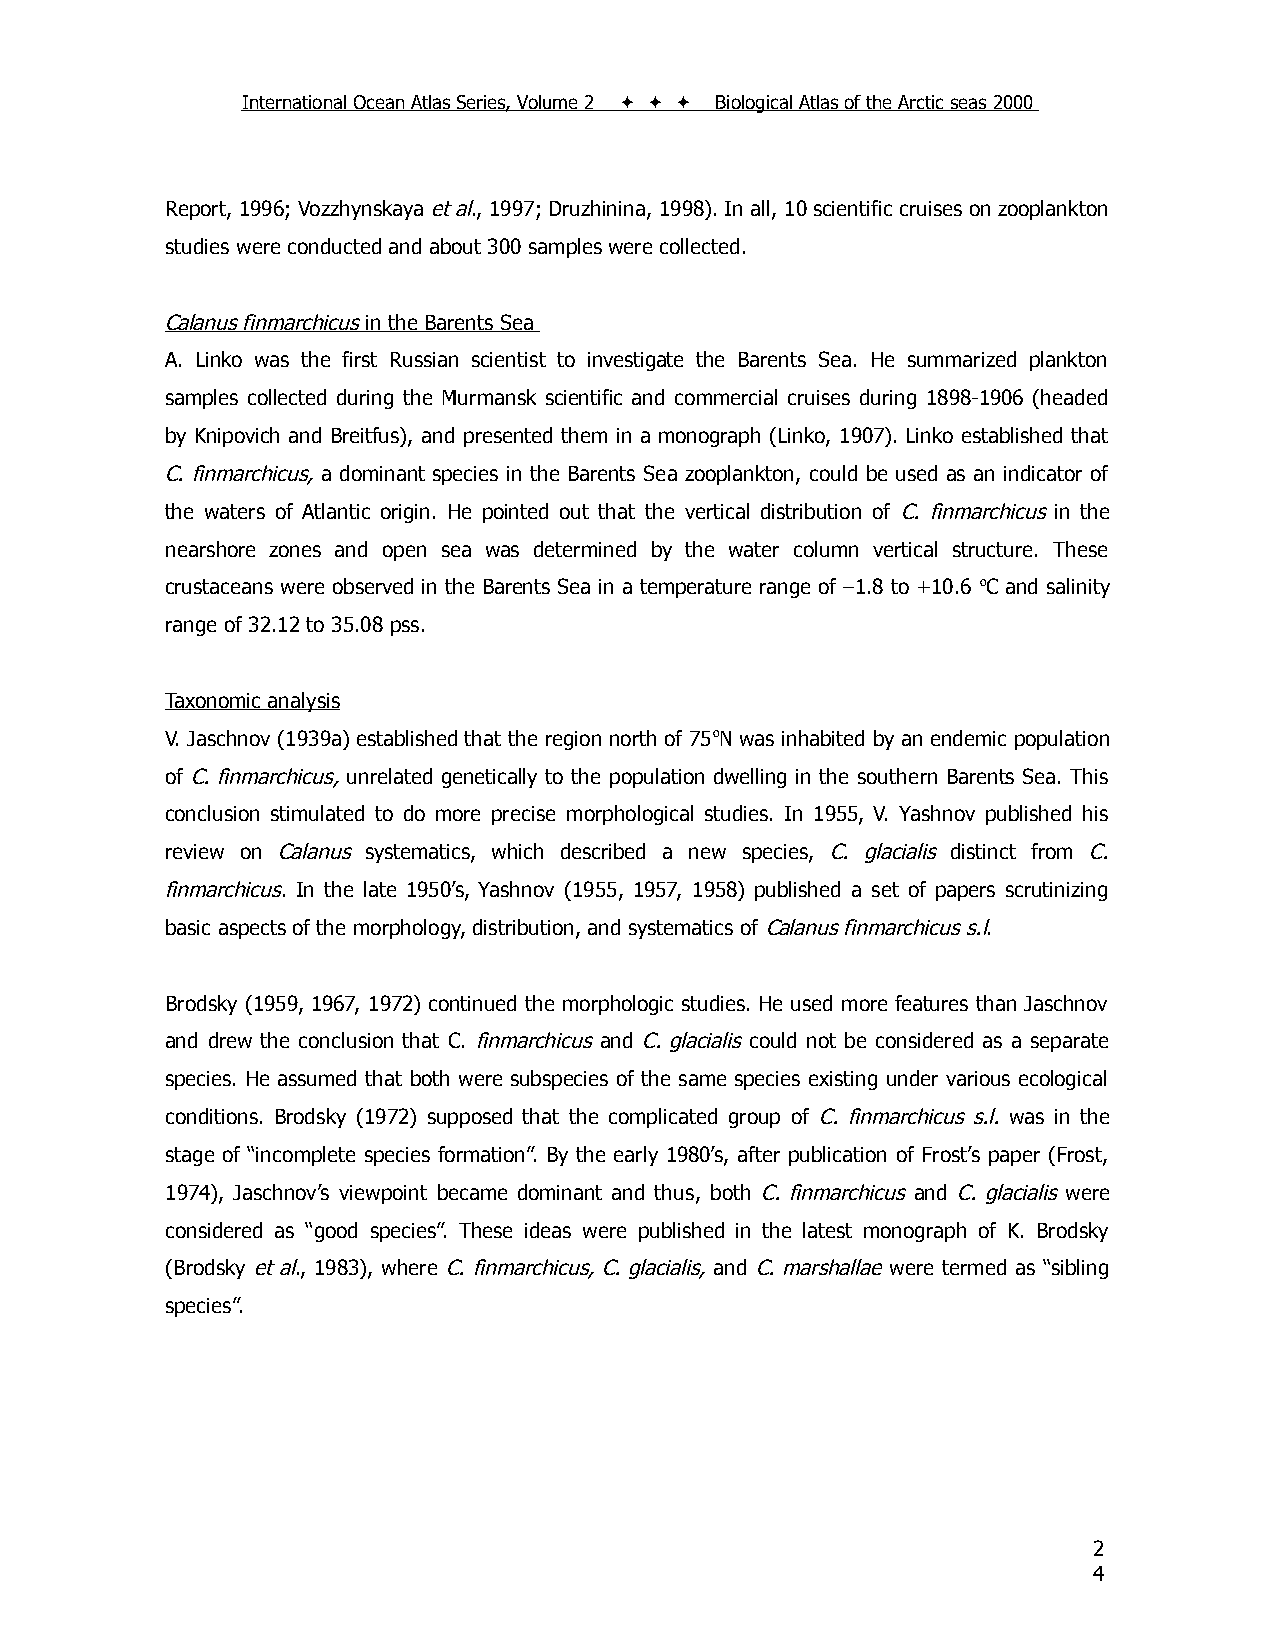
International Ocean Atlas Series, Volume 2    Biological Atlas of the Arctic seas 2000
 Report, 1996; Vozzhynskaya et al., 1997; Druzhinina, 1998). In all, 10 scientific cruises on zooplankton
 studies were conducted and about 300 samples were collected.
 Calanus finmarchicus in the Barents Sea
 A. Linko was the first Russian scientist to investigate the Barents Sea. He summarized plankton
 samples collected during the Murmansk scientific and commercial cruises during 1898-1906 (headed
 by Knipovich and Breitfus), and presented them in a monograph (Linko, 1907). Linko established that
 C. finmarchicus, a dominant species in the Barents Sea zooplankton, could be used as an indicator of
 the waters of Atlantic origin. He pointed out that the vertical distribution of C. finmarchicus in the
 nearshore zones and open sea was determined by the water column vertical structure. These
 crustaceans were observed in the Barents Sea in a temperature range of –1.8 to +10.6 oC and salinity
 range of 32.12 to 35.08 pss.
 Taxonomic analysis
 V. Jaschnov (1939a) established that the region north of 75oN was inhabited by an endemic population
 of C. finmarchicus, unrelated genetically to the population dwelling in the southern Barents Sea. This
 conclusion stimulated to do more precise morphological studies. In 1955, V. Yashnov published his
 review on Calanus systematics, which described a new species, C. glacialis distinct from C.
 finmarchicus. In the late 1950’s, Yashnov (1955, 1957, 1958) published a set of papers scrutinizing
 basic aspects of the morphology, distribution, and systematics of Calanus finmarchicus s.l.
 Brodsky (1959, 1967, 1972) continued the morphologic studies. He used more features than Jaschnov
 and drew the conclusion that C. finmarchicus and C. glacialis could not be considered as a separate
 species. He assumed that both were subspecies of the same species existing under various ecological
 conditions. Brodsky (1972) supposed that the complicated group of C. finmarchicus s.l. was in the
 stage of “incomplete species formation”. By the early 1980’s, after publication of Frost’s paper (Frost,
 1974), Jaschnov’s viewpoint became dominant and thus, both C. finmarchicus and C. glacialis were
 considered as “good species”. These ideas were published in the latest monograph of K. Brodsky
 (Brodsky et al., 1983), where C. finmarchicus, C. glacialis, and C. marshallae were termed as “sibling
 species”.
 2
 4